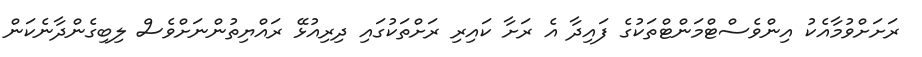
ރަށަށްވުމާއެކު އިންވެސްޓްމަންޓްތަކުގެ ފައިދާ އެ ރަށާ ކައިރި ރަށްތަކުގައި ދިރިއުޅޭ ރައްޔިތުންނަށްވެސް ލިބިގެންދާނެކަން